Vaccination in Bombay 1874-1876 - 1874-1876
Year: 1874
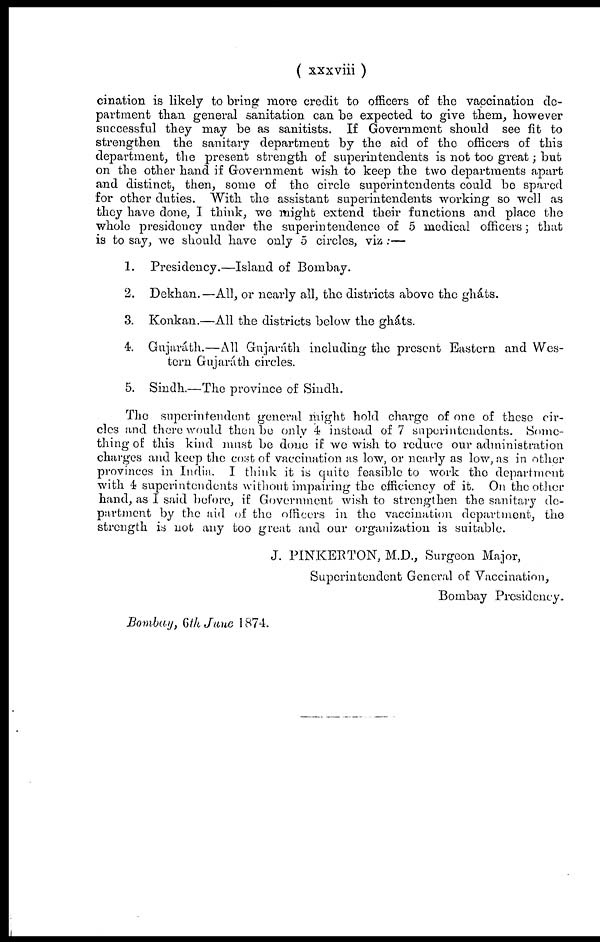
( xxxviii )
cination is likely to bring more credit to officers of the vaccination de-
partment than general sanitation can be expected to give them, however
successful they may be as sanitists. If Government should see fit to
strengthen the sanitary department by the aid of the officers of this
department, the present strength of superintendents is not too great; but
on the other hand if Government wish to keep the two departments apart
and distinct, then, some of the circle superintendents could be spared
for other duties. With the assistant superintendents working so well as
they have done, I think, we might extend their functions and place the
whole presidency under the superintendence of 5 medical officers; that
is to say, we should have only 5 circles, viz :—
1. Presidency.—Island of Bombay.
2. Dekhan.—All, or nearly all, the districts above the gháts.
3. Konkan.—All the districts below the gháts.
4. Gujaráth.—All Gujaráth including the present Eastern and Wes-
tern Gujaráth circles.
5. Sindh.—The province of Sindh.
The superintendent general might hold charge of one of these cir-
cles and there would then be only 4 instead of 7 superintendents. Some-
thing of this kind must be done if we wish to reduce our administration
charges and keep the cost of vaccination as low, or nearly as low, as in other
provinces in India. I think it is quite feasible to work the department
with 4 superintendents without impairing the efficiency of it. On the other
hand, as I said before, if Government wish to strengthen the sanitary de-
partment by the aid of the officers in the vaccination department, the
strength is not any too great and our organization is suitable.
J. PINKERTON, M.D., Surgeon Major,
Superintendent General of Vaccination,
Bombay Presidency.
Bombay, 6th June 1874.